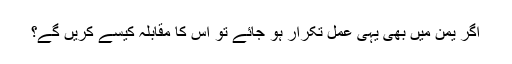
اگر یمن میں بھی یہی عمل تکرار ہو جائے تو اس کا مقابلہ کیسے کریں گے؟